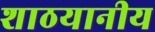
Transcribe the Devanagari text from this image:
शाठयानीय